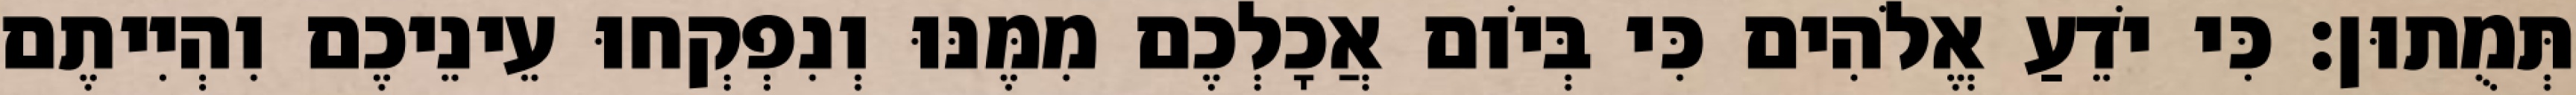
תְּמֻתוּן׃ כִּי יֹדֵעַ אֱלֹהִים כִּי בְּיֹום אֲכָלְכֶם מִמֶּנּוּ וְנִפְקְחוּ עֵינֵיכֶם וִהְיִיתֶם